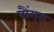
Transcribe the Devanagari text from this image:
पौंगरा